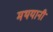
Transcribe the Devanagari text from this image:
मथयानी